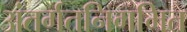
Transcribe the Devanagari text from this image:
अंतर्गतनिगमित